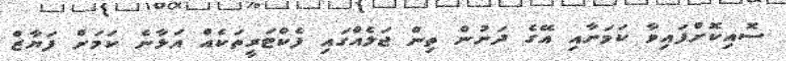
ސޮއިކޮށްފައިވާ ކަމަށާއި އޭގެ ދަށުން ތިން ޖަލެއްގައި ފެކްޓަރީތަކެއް އަޅާނެ ކަމަށް ފަޔާޒް